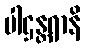
ပါဌန္တရာနိ